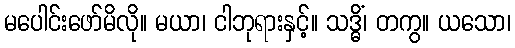
မပေါင်းဖော်မိလို။ မယာ၊ ငါဘုရားနှင့်။ သဒ္ဓိံ၊ တကွ။ ယသော၊